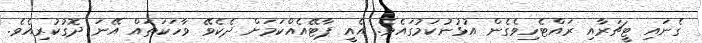
ގެނައި ޓީޗަރާއި ރައްޓެހިވެގެން އުޅުނުކަމުގައެވެ. އެއީ ޕާޓޭއެއްކަމަށް ދެކެވޭ ވާހަކަތައް އޭނަ ދޮގުކުރިއެވެ.